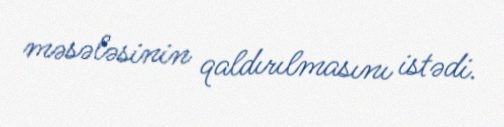
məsələsinin qaldırılmasını istədi.